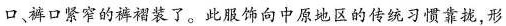
口、裤口紧窄的裤裙装了。此服饰向中原地区的传统习惯靠拢，形